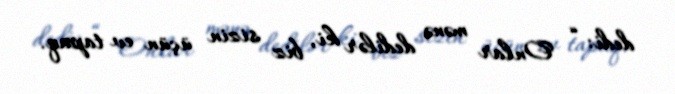
dedi: “ Onlar mənə dedilər ki, biz sizin üçün ev tapaq.